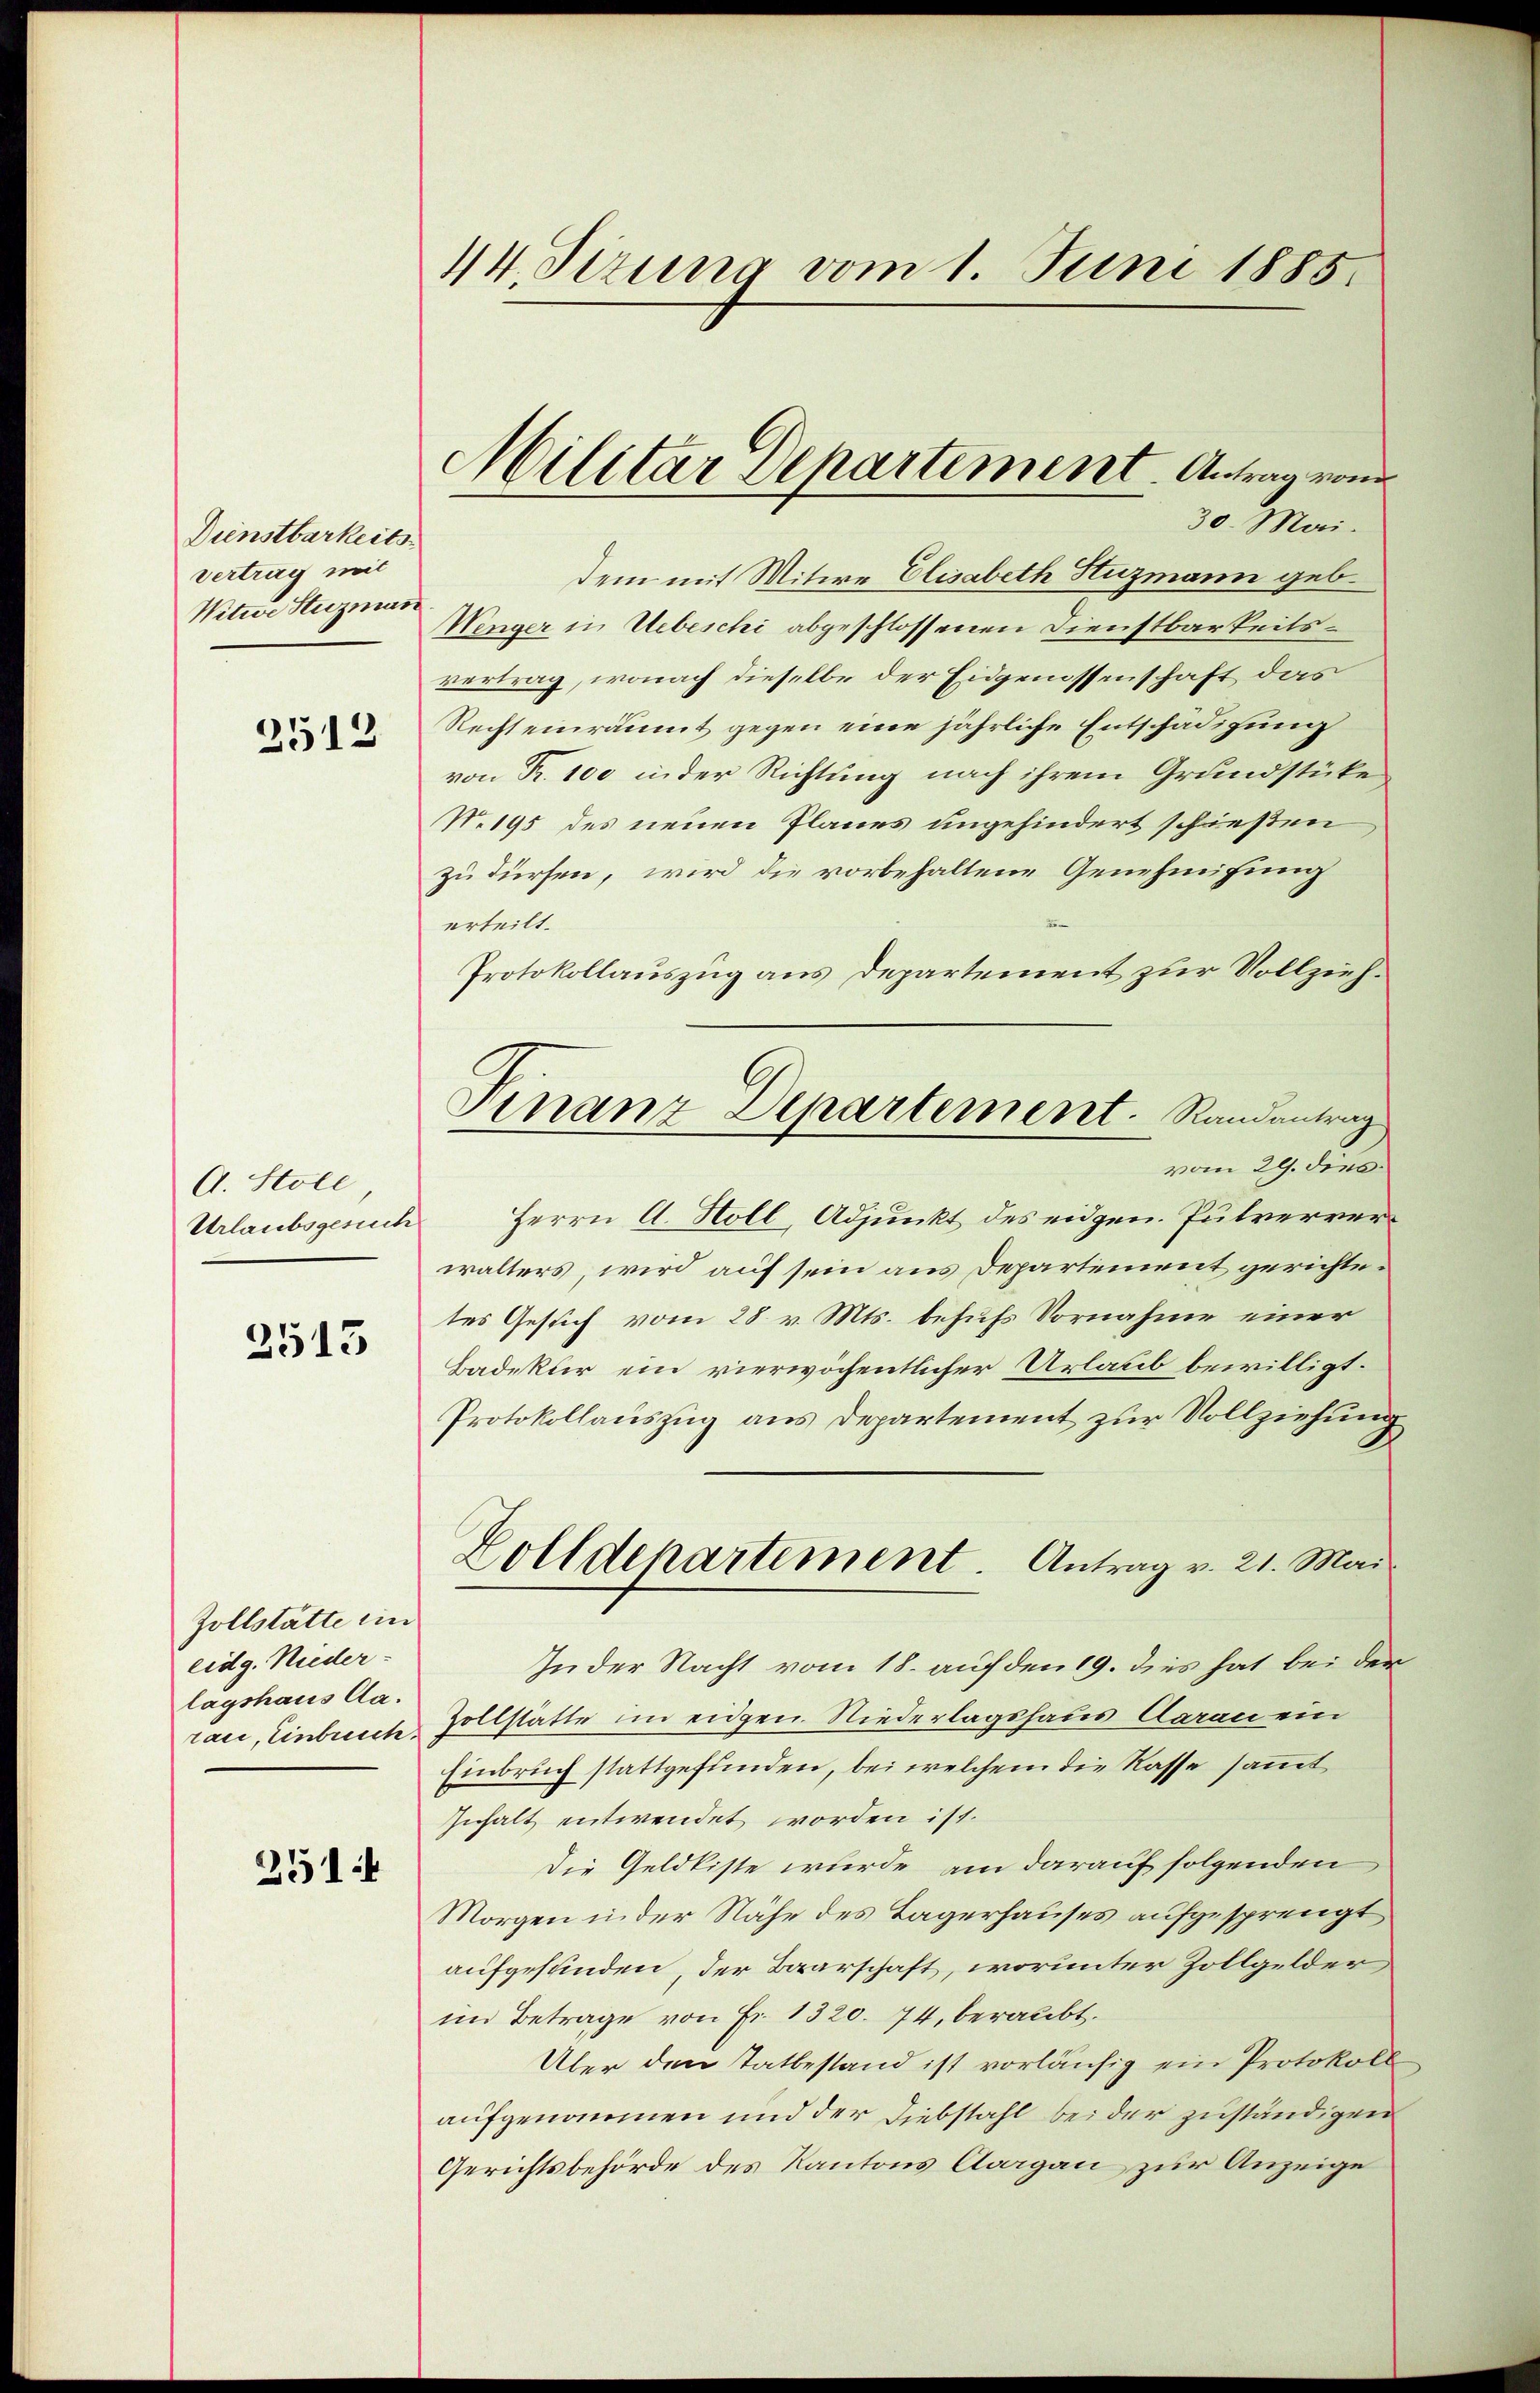
Dienstbarkeits
Vertrag mit
Nitwe Stuzman

2512

A. Stoll
Urlaubsgesuch

2513

Zollstätte ein
eidg. Nieder-
lagshaus Aa.
raii, Einbreich.

251:

44. Sirung vom 1. Juni 1885.

Militar Departement. Antrag vom
30. Mai.

Ginanz Departement. Randantrag

dem mit Mitwe Elisabeth Stuzmann geb.
Wenger in Uebeschi abgeschlossenen Dienstbarkeitsvertrag, wonach dieselbe der Eidgenossenschaft das
Recht einräumt gegen eine jährliche Entschädigung
von Fr. 100 in der Richtung nach ihrem Grundstüke¬
N. 195 des neuen Planes ungehindert schießen
zu dürfen, wird die vorbehaltene Genehmigung
erteilt.
Protokollauszug aus Departement zur Vollziehvom 29. dies
Herrn A. Holl, Adjunkt des eidgen. Putververwalters, wird auf sein aus Departement gerichtetes Gesuch vom 28. v. Mts. behufs Vornahme einer
Badekur ein vierwöchentlicher Urlaub bewilligt.
Protokollauszug aus Departement zur Vollziehung
Zolldepartement Antrag v. 21. Mai
In der Nacht vom 18. auf den 19. dies hat bei der
Zollstätte im eidgen. Niederlagshaus Aarauen
Einbruch stattgefunden, bei welchem die Kasse sammt
Inhalt entwendet worden ist.
Die Geldkiste wurde, am darauf folgenden
Morgen in der Nähe des Lagerhauses aufgesprengt
aufgefunden, der Baarschaft, worunter Zollgelder
im Betrage von Fr. 1320. 74, beraubt.
Über den Tatbestand ist vorläufig ein Protokoll
aufgenommen und der Diebstahl bei der zuständigen
Gerichtsbehörde des Kantons Aargau zur Anzeige